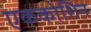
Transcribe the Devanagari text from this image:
एककोशिन